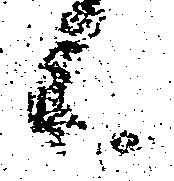
候